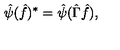
\hat { \psi } ( \hat { f } ) ^ { * } = \hat { \psi } ( \hat { \Gamma } \hat { f } ) ,